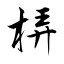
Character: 梇